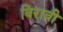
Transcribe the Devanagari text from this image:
विरावी